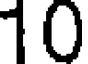
10